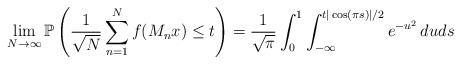
LaTeX: \begin{align*}\lim_{N\to\infty}\mathbb{P}\left(\frac{1}{\sqrt{N}}\sum_{n=1}^Nf(M_nx)\leq t\right)=\frac{1}{\sqrt{\pi}}\int_{0}^1\int_{-\infty}^{t|\cos(\pi s)|/2}e^{-u^2}\,duds\end{align*}